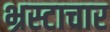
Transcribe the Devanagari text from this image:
भ्रस्टाचार